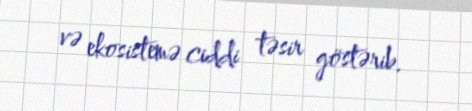
və ekosistemə ciddi təsir göstərib.